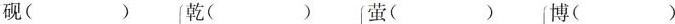
砚( )乾( )萤( )博()